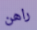
راهن